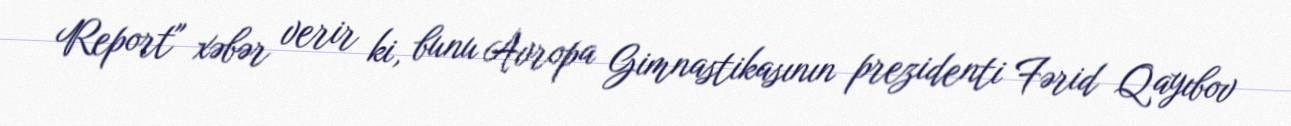
Report" xəbər verir ki, bunu Avropa Gimnastikasının prezidenti Fərid Qayıbov